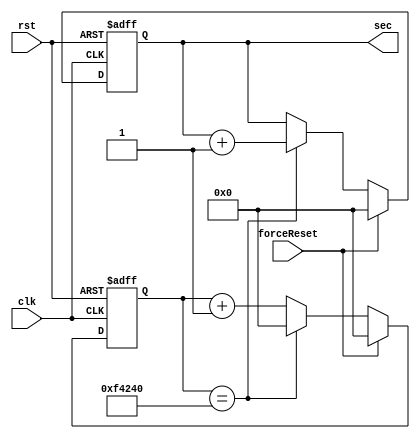
module SecTimer(clk, rst, sec, forceReset);
    // Increments the `sec` every 1*10^6 clocks (0.02 sec)
    // Use 50MHz clock!
    input clk, rst;
    input forceReset;
    output reg [31:0] sec;
    reg [31:0] count;

    always @(posedge clk or negedge rst) begin
        if (rst == 1'b0) begin
            sec <= 32'b0;
            count <= 32'b0;
        end
        else begin
            if (forceReset == 1'b1) begin
                sec <= 32'd0;
                count <= 32'b0;
            end
            else if (count == 32'd1000000) begin
                sec <= sec + 1;
                count <= 32'b0;
            end
            else begin
                count <= count + 1'b1;
            end
        end
    end
endmodule